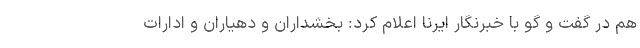
هم در گفت و گو با خبرنگار ایرنا اعلام کرد: بخشداران و دهیاران و ادارات